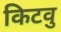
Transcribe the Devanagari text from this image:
किटवु